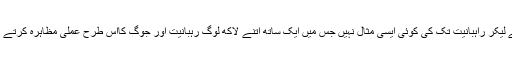
جوگ سے لیکر راہبانیت تک کی کوئی ایسی مثال نہیں جس میں ایک ساتھ اتنے لاکھ لوگ رہبانیت اور جوگ کااس طرح عملی مظاہرہ کرتے نظر آئیں ۔